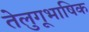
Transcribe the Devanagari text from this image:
तेलुगूभाषिक